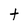
Character: t